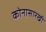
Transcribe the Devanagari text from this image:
कोनासारखी